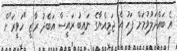
އެ ބައްދަލުވުމަށް ފަހު އެ ޖަމިއްޔާގެ ނައިބު ރައީސް އަބްދު ރާޒީ "ހަވީރަ"ށް